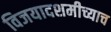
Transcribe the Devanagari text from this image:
विजयादशमीच्याच